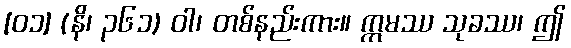
[၀၁] (နိ၊ ၃၆၁) ဝါ၊ တစ်နည်းကား။ ဣမဿ သုခဿ၊ ဤ